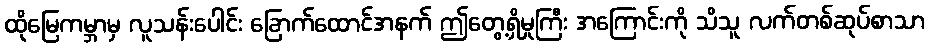
ထိုမြေကမ္ဘာမှ လူသန်းပေါင်း ခြောက်ထောင်အနက် ဤတွေ့ရှိမှုကြီး အကြောင်းကို သိသူ လက်တစ်ဆုပ်စာသာ